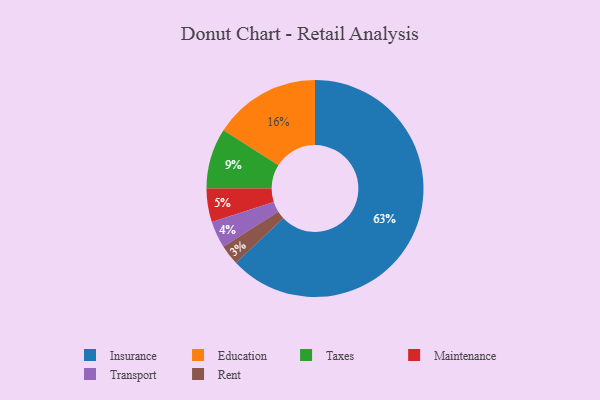
{"axis": {"x": "Category", "y": "Percentage"}, "legend": ["Education", "Insurance", "Maintenance", "Rent", "Taxes", "Transport"], "data": [{"x": "Transport", "y": 4, "type": "Transport"}, {"x": "Rent", "y": 3, "type": "Rent"}, {"x": "Taxes", "y": 9, "type": "Taxes"}, {"x": "Maintenance", "y": 5, "type": "Maintenance"}, {"x": "Insurance", "y": 63, "type": "Insurance"}, {"x": "Education", "y": 16, "type": "Education"}]}